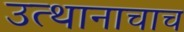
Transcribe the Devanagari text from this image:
उत्थानाचाच